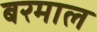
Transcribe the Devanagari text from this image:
बरमाल